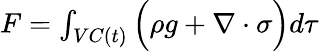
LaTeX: \begin{array}{r}{F=\int_{VC(t)}\Big(\rho g+\nabla\cdot\sigma\Big)d\tau}\end{array}